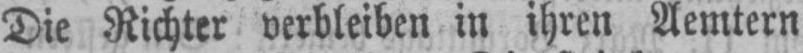
Die Richter verbleiben in ihren Aemtern